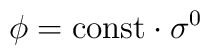
\phi = {\rm const} \cdot \sigma^0